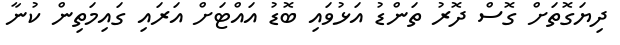
ދިޔަގޮތަށް ގޮސް ދޮރު ތަންޑު އަޅުވައި ބޮޑު އައްޓަށް އަރައި ގައިމަތިން ކުނާ